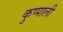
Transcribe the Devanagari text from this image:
कुप्पाली